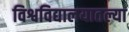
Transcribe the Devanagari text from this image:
विश्वविद्यालयातल्या